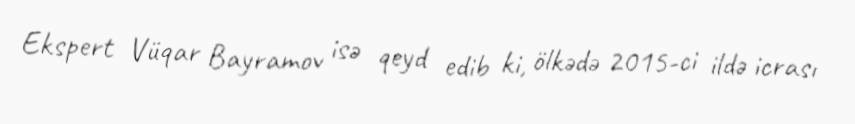
Ekspert Vüqar Bayramov isə qeyd edib ki, ölkədə 2015-ci ildə icrası